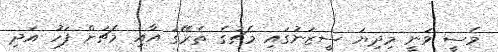
މެސީ ވަނީ މިދިޔަ ސީޒަނުގައި މެޗުގެ ތެރޭގަ އާއި މެޗަށް ފަހު އަދި